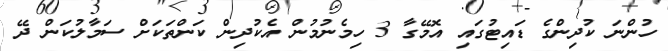
ހުންނަ ކުދިންގެ ޑައިޓުގައި އޮމޭގާ 3 ހިމެނުމުން އެކުދިން ކަންތަކަށް ސަމާލުކަން ދޭ